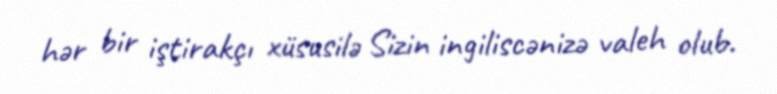
hər bir iştirakçı xüsusilə Sizin ingiliscənizə valeh olub.